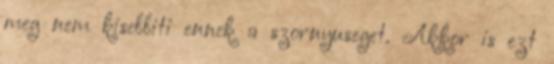
meg nem kisebbiti ennek a szornyuseget. Akkor is ezt